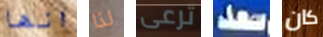
انها لذا ترعى سعد كان